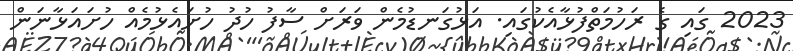
2023 ގައި ގެ ރަހުމަތްފުޅާއެކުގައި. އަޅުގަނޑުމެން ވަރަށް ސާފު ހުދު ހުށައެޅުމެއް ހުށައަޅާނަން